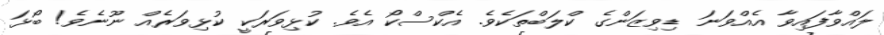
ލައްވާފައިވާ އެއްވަނަ ޑިވިޒަންގެ ކްލަބްތަކެވެ. އެކްސްކޯ އެވެ. ކުޅިވަރަކީ ކުޅިވަރެއް ނޫނެވެ! ބޯޅަ